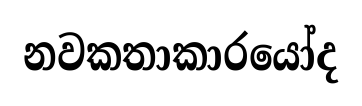
නවකතාකාරයෝද